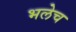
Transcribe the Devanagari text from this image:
भलेच